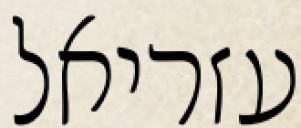
עזריאל